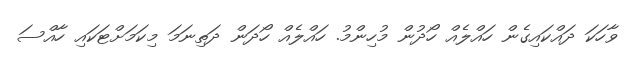
ވާހަކަ ދައްކައިގެން ހައްލެއް ހޯދުން މުހިންމު. ހައްލެއް ހޯދަން ދަތިނަމަ މިކަމަށްޓަކައި ހާއްސަ